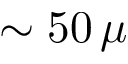
\sim 5 0 \, \mu